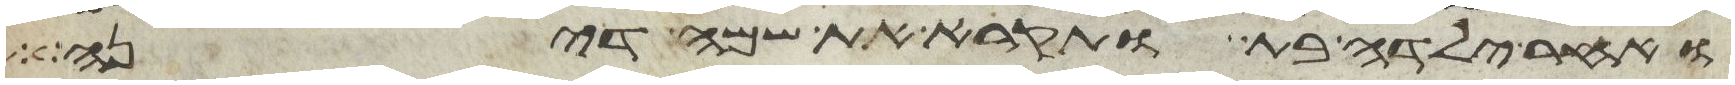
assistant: ואחר ילדה בת ותקרא את שמה דינה